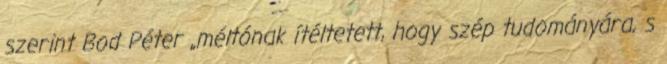
szerint Bod Péter „méltónak ítéltetett, hogy szép tudományára, s